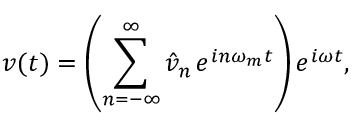
v ( t ) = \left( \sum _ { n = - \infty } ^ { \infty } \hat { v } _ { n } \, e ^ { i n \omega _ { m } t } \right) e ^ { i \omega t } ,